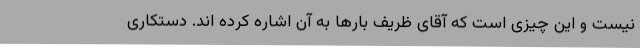
نیست و این چیزی است که آقای ظریف بارها به آن اشاره کرده اند. دستکاری